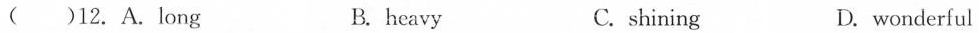
( )12. A.Long B. heavy C. shining D. wonderful